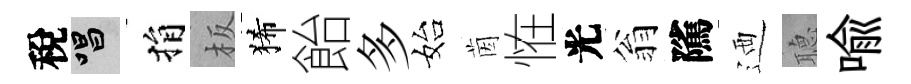
稅唱捐板狶飴多始茵恠光翁隲迺𦗟喻